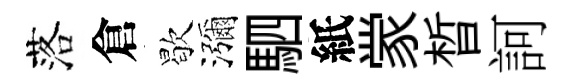
落倉歇瀰駟紙䝉晳訶